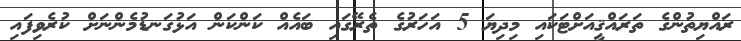
ރައްޔިތުންގެ ތަރައްޤީއަށްޓަކައި މިދިޔަ 5 އަހަރުގެ ތެރޭގައި ބައެއް ކަންކަން އަޅުގަނޑުމެންނަށް ކުރެވިފައި